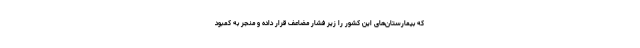
که بیمارستان‌های این کشور را زیر فشار مضاعف قرار داده و منجر به کمبود